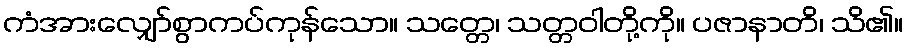
ကံအားလျှော်စွာကပ်ကုန်သော။ သတ္တေ၊ သတ္တဝါတို့ကို။ ပဇာနာတိ၊ သိ၏။